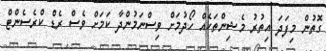
ގޮތުން މިފަދަ އިތުރު މެޝިންތަކެއް ހޯދުމަށް ވިސްނަމުންދާ ކަމަށް ވެސް ރެޑް ކްރެސެންޓް